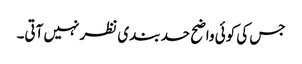
جس کی کوئی واضح حد بندی نظر نہیں آتی۔